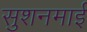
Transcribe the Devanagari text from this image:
सुशनमाई